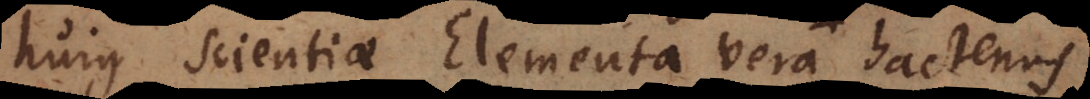
hujus Scientiae Elementa vera satis